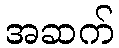
အဆက်